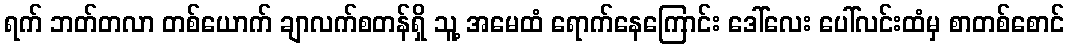
ရက် ဘတ်တလာ တစ်ယောက် ချာလက်စတန်ရှိ သူ့ အမေထံ ရောက်နေကြောင်း ဒေါ်လေး ပေါ်လင်းထံမှ စာတစ်စောင်